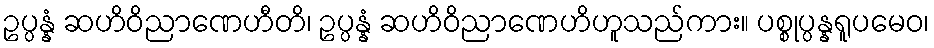
ဥပ္ပန္နံ ဆဟိဝိညာဏေဟီတိ၊ ဥပ္ပန္နံ ဆဟိဝိညာဏေဟိဟူသည်ကား။ ပစ္စုပ္ပန္နရူပမေဝ၊